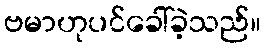
ဗမာဟုပင်ခေါ်ခဲ့သည်။